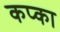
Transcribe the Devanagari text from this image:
कप्का